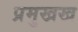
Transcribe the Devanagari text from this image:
प्रमुखख